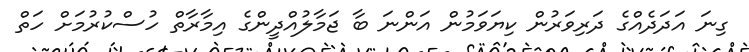
ގިނަ އަދަދެއްގެ ދަރިވަރުން ކިޔަވަމުން އަންނަ ބާ ޖަމާލުއްދީންގެ އިމާރާތް ހުސްކުރުމަށް ހަތް